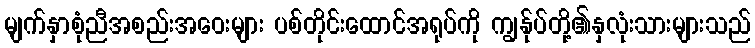
မျက်နှာစုံညီအစည်းအဝေးများ ပစ်တိုင်းထောင်အရုပ်ကို ကျွန်ုပ်တို့၏နှလုံးသားများသည်